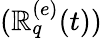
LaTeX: (\mathbb{R}_{q}^{(e)}(t))